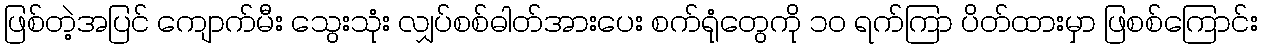
ဖြစ်တဲ့အပြင် ကျောက်မီး သွေးသုံး လျှပ်စစ်ဓါတ်အားပေး စက်ရုံတွေကို ၁၀ ရက်ကြာ ပိတ်ထားမှာ ဖြစစ်ကြောင်း